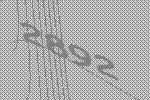
2892